Medical and sanitary report of the native army of Bengal for the year
Year: 1875
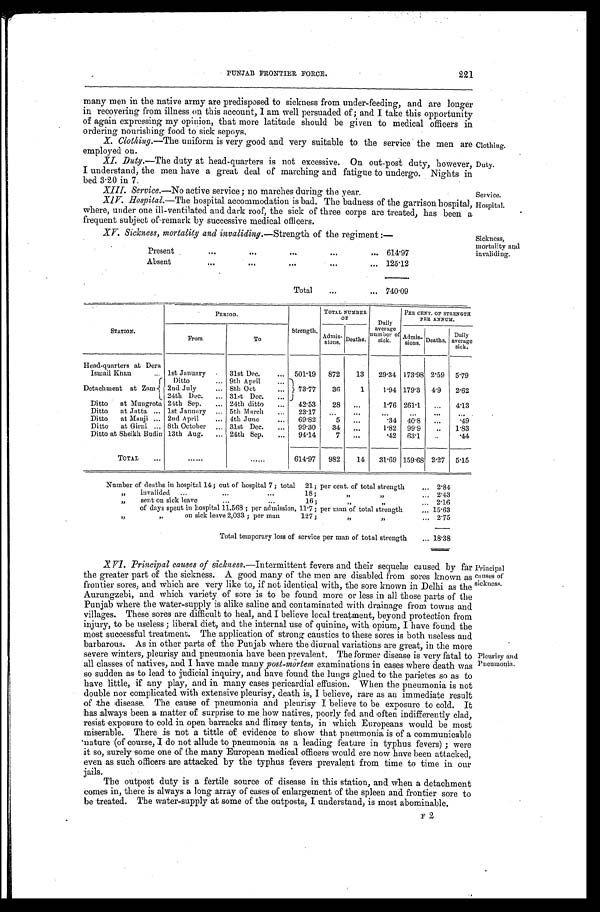
P U N J A B F R O N T I E R F O R C E .
221
many men in the native army are predisposed to sickness from under-feeding, and are longer
in recovering from illness on this account, I am well persuaded of; and I take this opportunity
of again expressing my opinion, that more latitude should be given to medical officers in
ordering nourishing food to sick sepoys.
X.Clothing.—The uniform is very good and very suitable to the service the men are
employed on.
XI.Duty.—The duty at head-quarters is not excessive. On out-post duty, however,
I understand, the men have a great deal of marching and fatigue to undergo. Nights in
bed 3.20 in 7.
XIII.Service.—No active service; no marches during the year.
XIV. Hospital.—The hospital accommodation is bad. The badness of the garrison hospital,
where, under one ill-ventilated and dark roof, the sick of three corps are treated, has been a
frequent subject of remark by successive medical officers.
XV. Sickness, mortality and invaliding. —Strength of the regiment:—
Present
614. 97
Absent
125.12
Total
740. 09
Clothing.
Duty.
Service.
Hospital.
Sickness,
mortality and
invaliding.
STATION.
PERIOD.
Strength.
TOTAL NUMBER
OF
Daily
averag
number of
sick.
PER CENT. OF STRENGTH
PER ANNUM.
From
To
Admis- sions. Deaths.
Admis
-sions. Deaths. Daily
average sick.
Head-quarters at Dera
Ismail Khan
1st January
31st Dec.
501.19 872 13 29.34 173.98 2.59 5.79
Detachment at Zam
Ditto
9th April
73.77 36 1 l.94 179.3 4. 9 2.62
2nd July
8th Oct
24th Dec. 31st Dec.
Ditto at Mungrota 24th Sep.
24th ditto
42.53 28
1.76 261.1
4.13
Ditto at Jatta 1st January
5th March
23.17
Ditto at Manji 2nd April
4th June
69.82
5
.34 40.8
.49
Ditto at Girni 8th October
31st Dec.
99.30 34
l.82 99.9
1.83
Ditto at Sheikh Budin 13th Aug.
24th Sep.
94.14
7
.42 63. 1
.44
TOTAL
614.97 982 14 31.69 159.68 2.27 5.15
Number of deaths in hospital 14; out of hospital 7; total 21; per cent. of total strength
2 . 8 4
„ i n v a l i d e d 1 8 ; „ „ 2 . 4 3
„ sent on sick leave 16; „ „ 2 . 1 6
of days spent in hospital 11,568; per admission, 11.7; per man of total strength 1 5 . 6 3
„ „ on sick leave 2,033; per man 127;
„ „
2 . 7 5
Total temporary loss of service per man of total strength
1 8 . 3 8
Principal
causes of
sickness.
Pleurisy and
Pneumonia.
XVI. Principal causes of sickness. —Intermittent fevers and their sequelæ caused by far
the greater part of the sickness. A good many of the men are disabled from sores known as
frontier sores, and which are very like to, if not identical with, the sore known in Delhi as the
Aurungzebi, and which variety of sore is to be found more or less in all those parts of the
- Punjab where the water-supply is alike saline and contaminated with drainage from towns and
villages. These sores are difficult to heal, and I believe local treatment, beyond protection from
injury, to be useless; liberal diet, and the internal use of quinine, with opium, I have found the
most successful treatment. The application of strong caustics to these sores is both useless and
barbarous. As in other parts of the Punjab where the diurnal variations are great, in the more
severe winters, pleurisy and pneumonia have been prevalent. The former disease is very fatal to
all classes of natives, and I have made many post-mortem examinations in cases where death was
so sudden as to lead to judicial inquiry, and have found the lungs glued to the parietes so as to
have little, if any play, and in many cases pericardial effusion. When the pneumonia is not
double nor complicated with extensive pleurisy, death is, I believe, rare as an immediate result
of the disease. The cause of pneumonia and pleurisy I believe to be exposure to cold. It
has always been a matter of surprise to me how natives, poorly fed and often indifferently clad,
resist exposure to cold in open barracks and flimsy tents, in which Europeans would be most
miserable. There is not a tittle of evidence to show that pneumonia is of a communicable
nature (of course, I do not allude to pneumonia as a leading feature in typhus fevers); were
it so, surely some one of the many European medical officers would ere now have been attacked,
even as such officers are attacked by the typhus fevers prevalent from time to time in our
jails. The outpost duty is a fertile source of disease in this station, and when a detachment
comes in, there is always a long array of cases of enlargement of the spleen and frontier sore to
be treated. The water-supply at some of the outposts, I understand, is most abominable.
F2